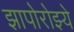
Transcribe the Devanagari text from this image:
झापोरोझ्ये